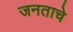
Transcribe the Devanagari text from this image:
जनताचे